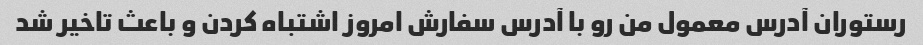
رستوران آدرس معمول من رو با آدرس سفارش امروز اشتباه کردن و باعث تاخیر شد